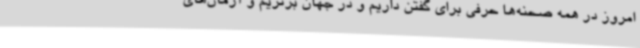
امروز در همه صحنه‌ها حرفی برای گفتن داریم و در جهان برتریم و آرمان‌های